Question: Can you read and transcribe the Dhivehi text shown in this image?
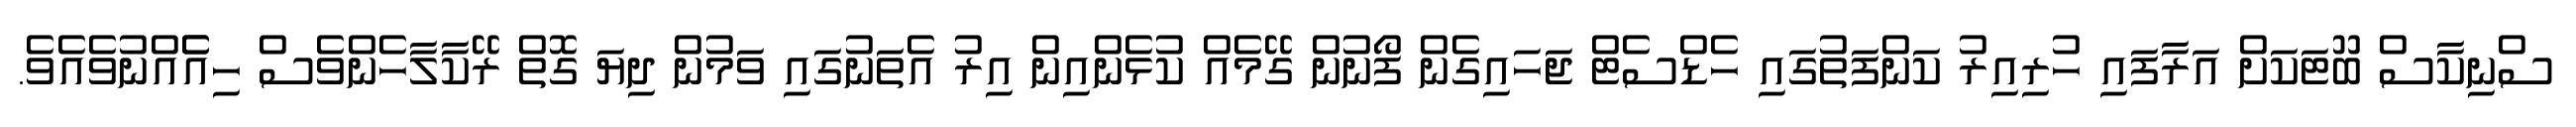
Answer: ސްނިކާސް ބޫޓަކަށް އަރާފައި ހުރިއިރު ކަންފަތުގައި ހެޑްސެޓް ޖަހައިގެން ފޯނުން ގޭމެއް ކުޅެންއިން އިރު އެތަނުގައި ވަމުން ދިޔަ ގޮތް ރޭކާލާހެންވެސް ހިއެެއްނުވެއެވެ.